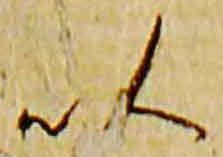
以